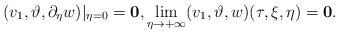
LaTeX: \begin{align*}(v_1,\vartheta,\partial_\eta w)|_{\eta=0}=\mathbf{0},\lim_{\eta\rightarrow +\infty}(v_1,\vartheta,w)(\tau,\xi,\eta)=\mathbf{0}.\end{align*}